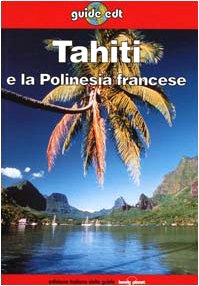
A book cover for Lonely Planet: Tahiti e La Polinesia (Italian Edition); J.-B. Carillet; Travel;